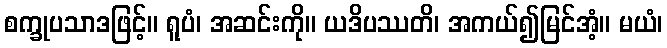
စက္ခုပသာဒဖြင့်။ ရူပံ၊ အဆင်းကို။ ယဒိပဿတိ၊ အကယ်၍မြင်အံ့။ မယံ၊